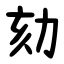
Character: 劾